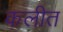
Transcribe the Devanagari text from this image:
कलीत